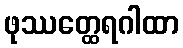
ဖုဿတ္ထေရဂါထာ